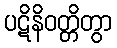
ပဋိနိဝတ္တိတွာ